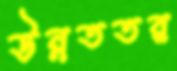
উন্নততর